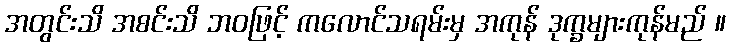
အတွင်းသိ အစင်းသိ ဘဝဖြင့် ကလောင်သရမ်းမှ အကုန် ဒုက္ခများကုန်မည် ။